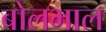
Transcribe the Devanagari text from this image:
बोलभाल